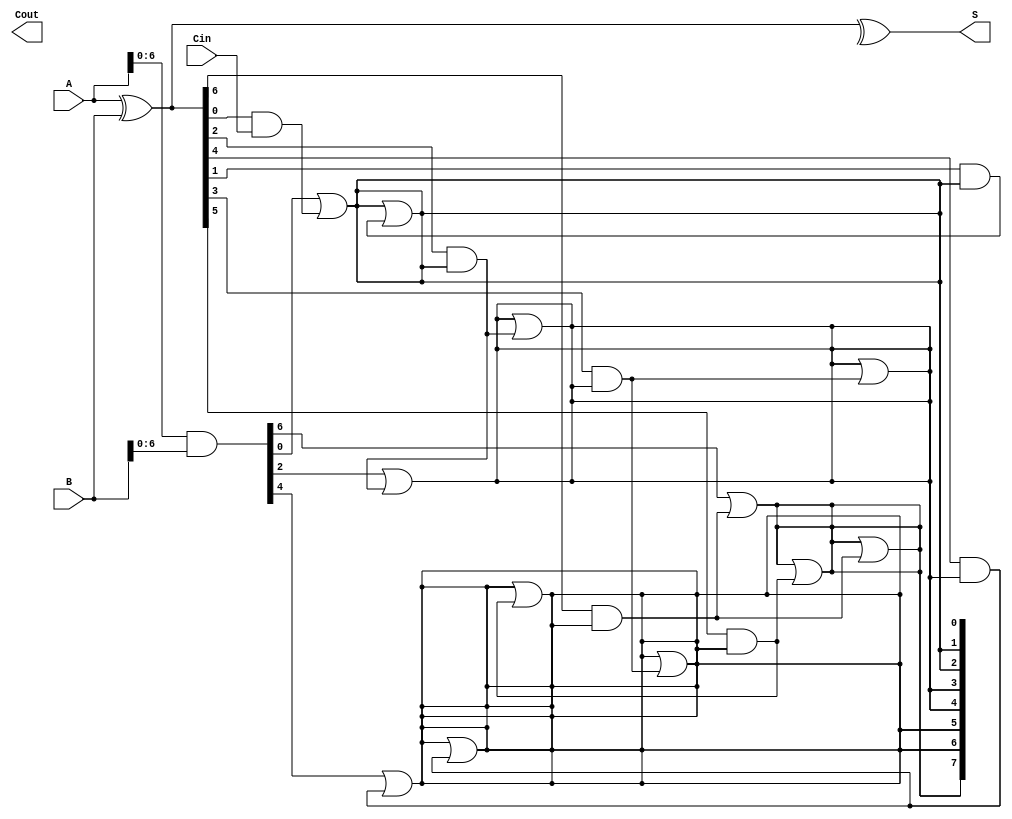
module KoggeStoneAdder #(
    parameter N = 8  // Width of the adder
)(
    input [N-1:0] A,      // First operand
    input [N-1:0] B,      // Second operand
    input Cin,            // Carry-in
    output [N-1:0] S,     // Sum output
    output Cout           // Carry-out
);

    wire [N-1:0] G;  // Generate signals
    wire [N-1:0] P;  // Propagate signals
    wire [N:0] C;    // Carry signals

    // Generate and Propagate signals
    assign G = A & B;          // Generate
    assign P = A ^ B;          // Propagate

    // Carry signals
    assign C[0] = Cin;         // Carry-in
    genvar i, j;
    
    // Kogge-Stone carry generation
    // Stage 1
    generate
        for (i = 0; i < N; i = i + 1) begin : stage1
            if (i % 2 == 1) begin
                assign C[i] = G[i-1] | (P[i-1] & C[i-1]);
            end else begin
                assign C[i] = C[i-1];
            end
        end
    endgenerate

    // Stage 2
    generate
        for (j = 1; j < $clog2(N); j = j + 1) begin : stages
            for (i = 0; i < N; i = i + 1) begin : stage
                if (i >= (1 << j)) begin
                    assign C[i] = C[i] | (P[i - (1 << (j-1))] & C[i - (1 << (j-1))]);
                end
            end
        end
    endgenerate

    // Sum calculation
    assign S = P ^ C[N-1:0]; // Sum output
    assign Cout = C[N];      // Final carry-out

endmodule